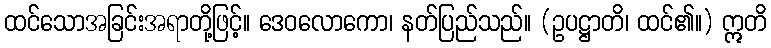
ထင်သောအခြင်းအရာတို့ဖြင့်။ ဒေဝလောကော၊ နတ်ပြည်သည်။ (ဥပဋ္ဌာတိ၊ ထင်၏။) ဣတိ